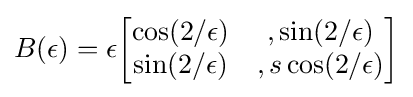
B(\epsilon )=\epsilon {\begin{bmatrix}\cos(2/\epsilon )&,\sin(2/\epsilon )\\\sin(2/\epsilon )&,s\cos(2/\epsilon )\end{bmatrix}}